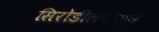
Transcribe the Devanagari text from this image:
सिरोडीलपासून